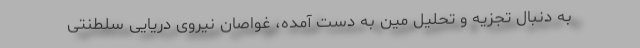
به دنبال تجزیه و تحلیل مین به دست آمده، غواصان نیروی دریایی سلطنتی